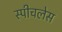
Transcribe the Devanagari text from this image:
स्‍पीचलेस